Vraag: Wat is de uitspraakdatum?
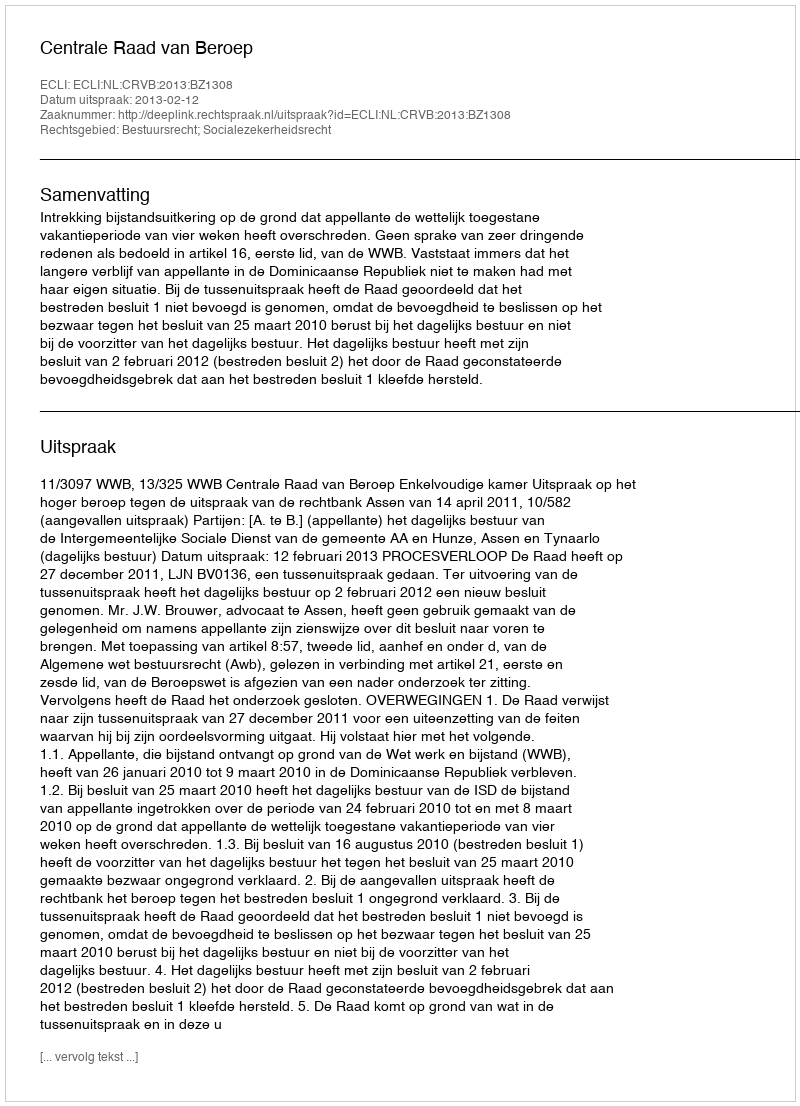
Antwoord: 2013-02-12